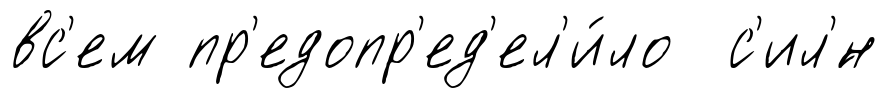
вс'ем пр'едопр'ед'ел'и́ло с'ил'́н